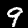
Digit: 9